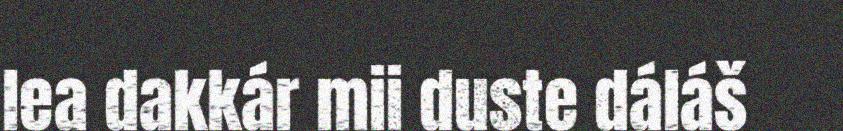
lea dakkár mii duste dáláš